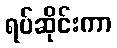
ရပ်ဆိုင်းကာ